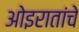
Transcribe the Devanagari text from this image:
ओइरातांचे